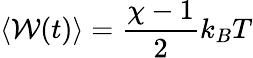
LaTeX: \langle\mathcal{W}(t)\rangle=\frac{{\chi-1}}{{2}}k_{B}T